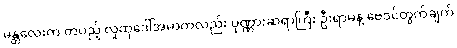
မန္တလေးက တပည့် လူထုဒေါ်အမာကလည်း ပုဏ္ဏားဆရာကြီး ဦးရာမနဲ့ ဗေဒင်တွက်ချက်